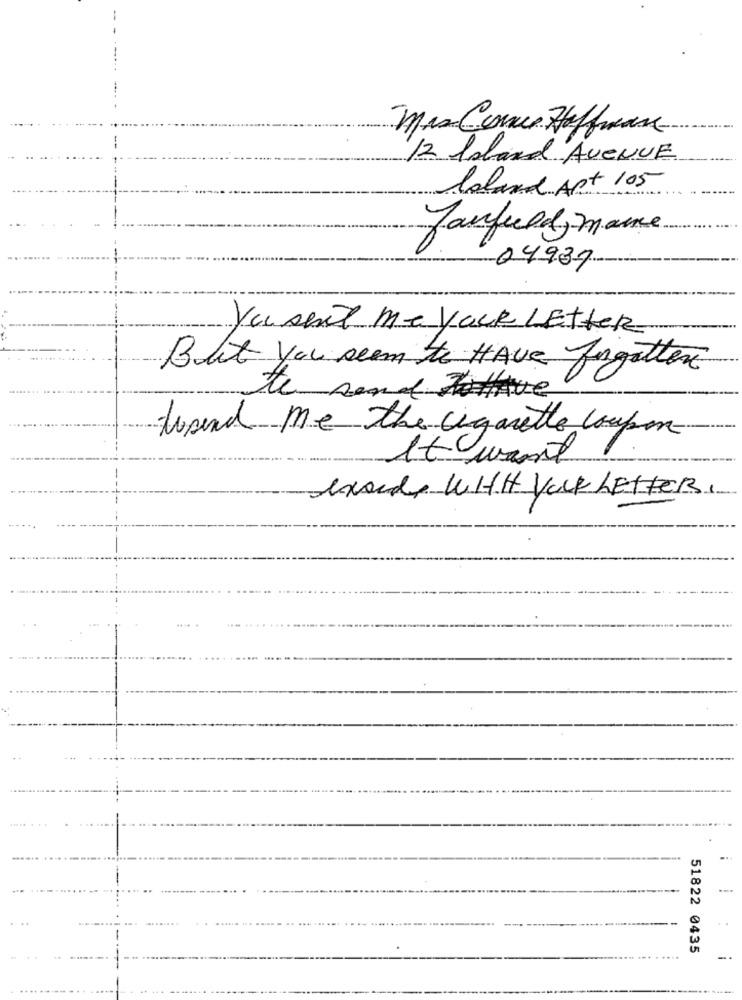
Mas Cence Hoffeare
12 Isbard AVENUE
laland Apt 105
Janfuld, mare
-04937
You sent Me yack LEtter
Blot You seem to HAVE forgotten
te send Tohave
tosend me the cigarette coupon
1t want
exocds WHH YOUR LETTER,
51822 0435